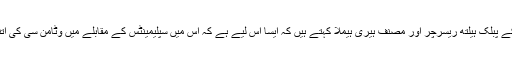
یونیورسٹی آف ہیلسنکی کے پبلک ہیلتھ ریسرچر اور مصنف ہیری ہیملا کہتے ہیں کہ ایسا اس لیے ہے کہ اس میں سپلیمینٹس کے مقابلے میں وٹامن سی کی اتنی زیادہ مقدار نہیں ہوتی۔